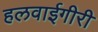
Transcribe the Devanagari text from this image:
हलवाईगीरी